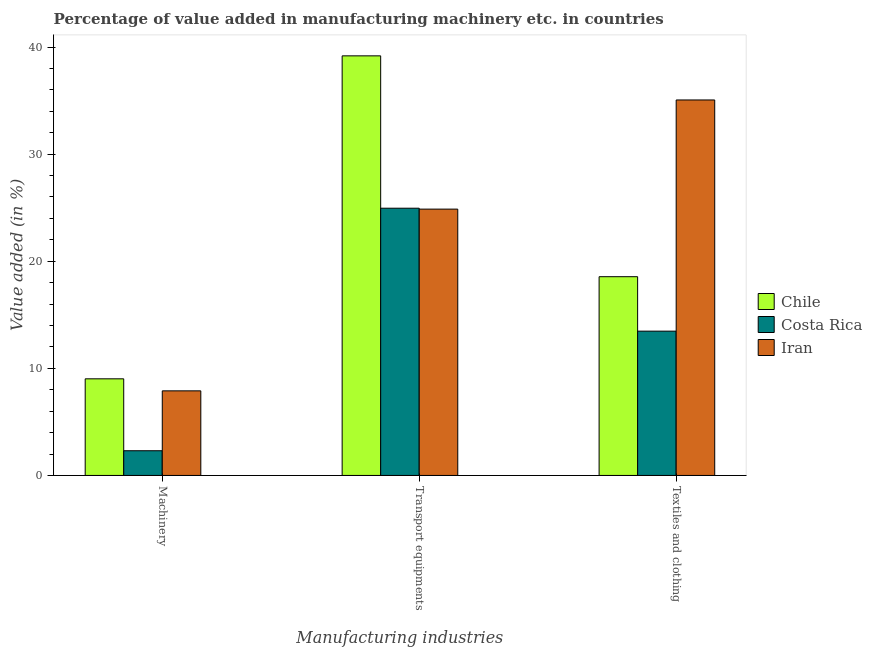
| Manufacturing industries | Chile | Costa Rica | Iran |
 | --- | --- | --- | --- |
 | Machinery | 9.02 | 2.31 | 7.9 |
 | Transport equipments | 39.2 | 25 | 24.9 |
 | Textiles and clothing | 18.6 | 13.5 | 35.1 |